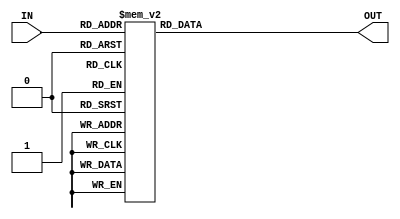
module F_Decoder (

input  wire [4:0] IN ,
output reg  [31:0] OUT
);


always @(*)
  begin
  OUT = 32'b0000_0000_0000_0000_0000_0000_0000_0000 ;
    case (IN)
    5'b00000 : OUT = 32'b0000_0000_0000_0000_0000_0000_0000_0001 ;
    5'b00001 : OUT = 32'b0000_0000_0000_0000_0000_0000_0000_0010 ;         
    5'b00010 : OUT = 32'b0000_0000_0000_0000_0000_0000_0000_0100 ;   
    5'b00011 : OUT = 32'b0000_0000_0000_0000_0000_0000_0000_1000 ; 
    5'b00100 : OUT = 32'b0000_0000_0000_0000_0000_0000_0001_0000 ;
    5'b00101 : OUT = 32'b0000_0000_0000_0000_0000_0000_0010_0000 ;
    5'b00110 : OUT = 32'b0000_0000_0000_0000_0000_0000_0100_0000 ; 
    5'b00111 : OUT = 32'b0000_0000_0000_0000_0000_0000_1000_0000 ; 
    5'b01000 : OUT = 32'b0000_0000_0000_0000_0000_0001_0000_0000 ;  
    5'b01001 : OUT = 32'b0000_0000_0000_0000_0000_0010_0000_0000 ;  
    5'b01010 : OUT = 32'b0000_0000_0000_0000_0000_0100_0000_0000 ;
    5'b01011 : OUT = 32'b0000_0000_0000_0000_0000_1000_0000_0000 ;
    5'b01100 : OUT = 32'b0000_0000_0000_0000_0001_0000_0000_0000 ;
    5'b01101 : OUT = 32'b0000_0000_0000_0000_0010_0000_0000_0000 ;
    5'b01110 : OUT = 32'b0000_0000_0000_0000_0100_0000_0000_0000 ;
    5'b01111 : OUT = 32'b0000_0000_0000_0000_1000_0000_0000_0000 ;
    5'b10000 : OUT = 32'b0000_0000_0000_0001_0000_0000_0000_0000 ;
    
    default  : OUT = 32'b0000_0000_0000_0000_0000_0000_0000_0000 ;
   
   endcase
 end 
 
 
 endmodule